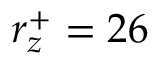
r _ { z } ^ { + } = 2 6